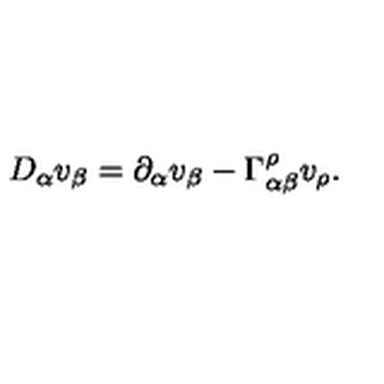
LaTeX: D _ { \alpha } v _ { \beta } = \partial _ { \alpha } v _ { \beta } - \Gamma _ { \alpha \beta } ^ { \rho } v _ { \rho } .